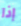
إذا